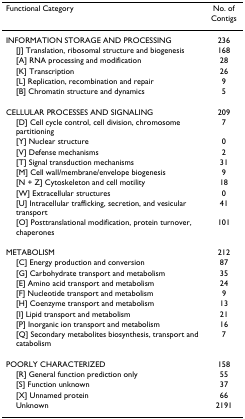
| Functional Category | No. of Contigs |
 | --- | --- |
 | INFORMATION STORAGE AND PROCESSING | 236 |
 | [J] Translation, ribosomal structure and biogenesis | 168 |
 | [A] RNA processing and modification | 28 |
 | [K] Transcription | 26 |
 | [L] Replication, recombination and repair | 9 |
 | [B] Chromatin structure and dynamics | 5 |
 | CELLULAR PROCESSES AND SIGNALING | 209 |
 | [D] Cell cycle control, cell division, chromosome partitioning | 7 |
 | [Y] Nuclear structure | 0 |
 | [V] Defense mechanisms | 2 |
 | [T] Signal transduction mechanisms | 31 |
 | [M] Cell wall/membrane/envelope biogenesis | 9 |
 | [N + Z] Cytoskeleton and cell motility | 18 |
 | [W] Extracellular structures | 0 |
 | [U] Intracellular trafficking, secretion, and vesicular transport | 41 |
 | [O] Posttranslational modification, protein turnover, chaperones | 101 |
 | METABOLISM | 212 |
 | [C] Energy production and conversion | 87 |
 | [G] Carbohydrate transport and metabolism | 35 |
 | [E] Amino acid transport and metabolism | 24 |
 | [F] Nucleotide transport and metabolism | 9 |
 | [H] Coenzyme transport and metabolism | 13 |
 | [I] Lipid transport and metabolism | 21 |
 | [P] Inorganic ion transport and metabolism | 16 |
 | [Q] Secondary metabolites biosynthesis, transport and catabolism | 7 |
 | POORLY CHARACTERIZED | 158 |
 | [R] General function prediction only | 55 |
 | [S] Function unknown | 37 |
 | [X] Unnamed protein | 66 |
 | Unknown | 2191 |